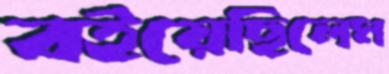
বইয়েছিলেম